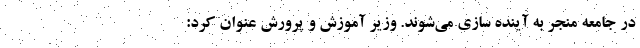
در جامعه منجر به آینده سازی می‌شوند. وزیر آموزش و پرورش عنوان کرد: